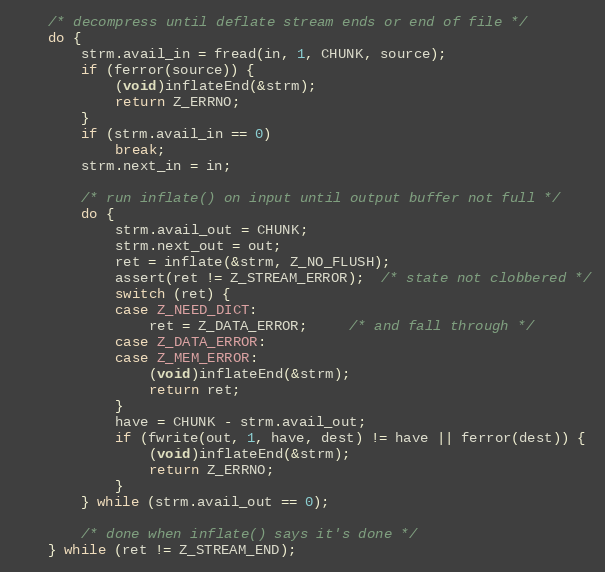
Language: C
    /* decompress until deflate stream ends or end of file */
    do {
        strm.avail_in = fread(in, 1, CHUNK, source);
        if (ferror(source)) {
            (void)inflateEnd(&strm);
            return Z_ERRNO;
        }
        if (strm.avail_in == 0)
            break;
        strm.next_in = in;

        /* run inflate() on input until output buffer not full */
        do {
            strm.avail_out = CHUNK;
            strm.next_out = out;
            ret = inflate(&strm, Z_NO_FLUSH);
            assert(ret != Z_STREAM_ERROR);  /* state not clobbered */
            switch (ret) {
            case Z_NEED_DICT:
                ret = Z_DATA_ERROR;     /* and fall through */
            case Z_DATA_ERROR:
            case Z_MEM_ERROR:
                (void)inflateEnd(&strm);
                return ret;
            }
            have = CHUNK - strm.avail_out;
            if (fwrite(out, 1, have, dest) != have || ferror(dest)) {
                (void)inflateEnd(&strm);
                return Z_ERRNO;
            }
        } while (strm.avail_out == 0);

        /* done when inflate() says it's done */
    } while (ret != Z_STREAM_END);